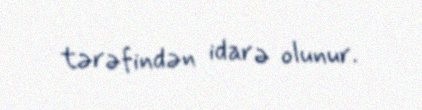
tərəfindən idarə olunur.